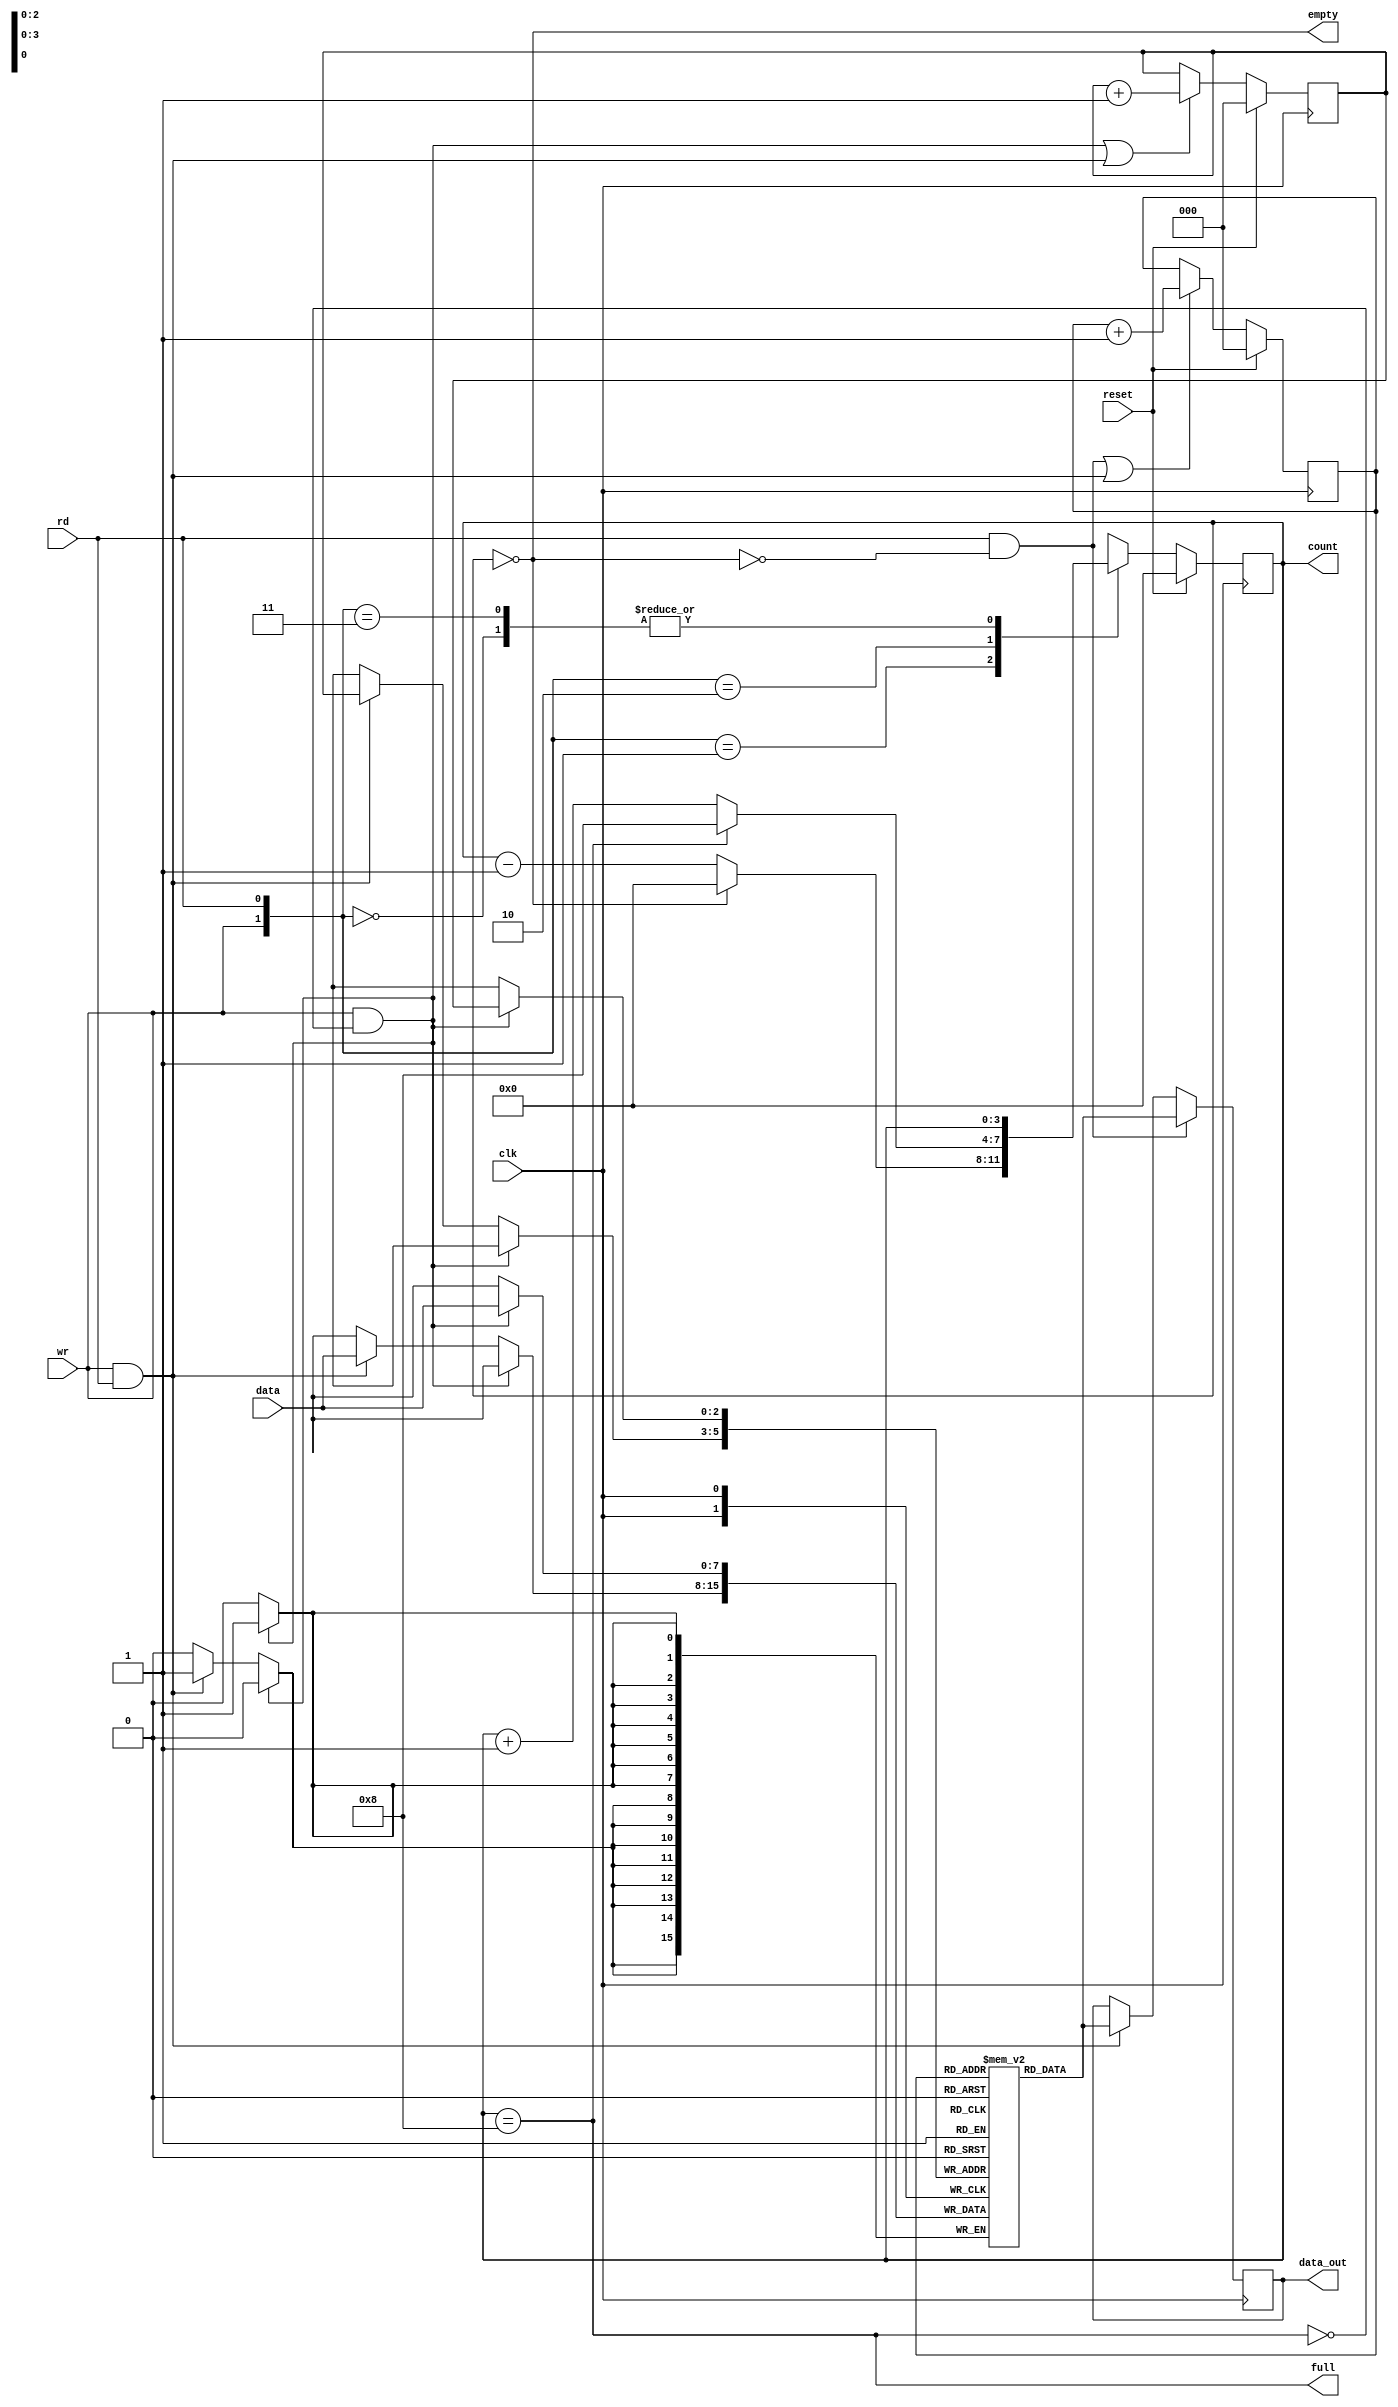
`timescale 1ns / 1ps
//////////////////////////////////////////////////////////////////////////////////
// Company: 
// Engineer: 
// 
// Design Name: 
// Module Name: sync_fifo
// Project Name: 
// Target Devices: 
// Tool Versions: 
// Description: 
// 
// Dependencies: 
// 
// Revision:
// Revision 0.01 - File Created
// Additional Comments:
// 
//////////////////////////////////////////////////////////////////////////////////


module sync_fifo(
    input [7:0] data, 
    input clk, reset, rd, wr,
    output empty, full, 
    output reg [3:0]count,
    output reg [7:0] data_out);

    reg [7:0] fifo_ram [0:7];
    reg [2:0] read_ptr, write_ptr;
    assign empty= (count==0);
    assign full =(count==8);
    
    always @(posedge clk) 
        begin
            if (wr && ! full)
                fifo_ram [write_ptr] <= data;
            else if (wr && rd)
                fifo_ram [write_ptr] <= data;
            end

//Read and Write Clock
    always @ (posedge clk) 
        begin
            if (rd && !empty)
                data_out <= fifo_ram [read_ptr];
            else if (rd && wr)
                data_out <= fifo_ram [read_ptr];
        end

//pointer block 
    always @(posedge clk) 
    begin
        if (reset) begin
            write_ptr <= 0;
            read_ptr <= 0;
        end 
        else begin
            write_ptr <= ((wr && ! full) || (wr && rd)) ? write_ptr + 1 : write_ptr;
            read_ptr <= ((rd && !empty) || (wr && rd)) ? read_ptr + 1 : read_ptr;
        end
    end

//counter
    always @(posedge clk) 
        begin
            if (reset) 
                count <= 0;
            else begin
                case ({wr, rd})
                2'b00: count <= count;
                2'b01: count <= (count == 0) ? 0: count - 1;
                2'b10: count <= (count == 8) ? 8: count + 1;
                2'b11 : count <= count;
                default: count <= count;
                endcase
            end
        end
endmodule